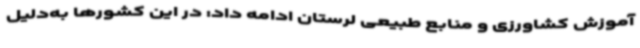
آموزش کشاورزی و منابع طبیعی لرستان ادامه داد: در این کشورها به‌دلیل